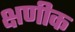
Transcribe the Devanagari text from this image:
क्षणीक